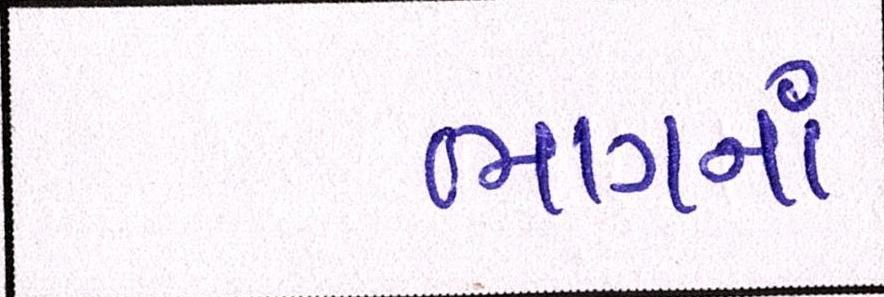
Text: ભાગનાં